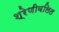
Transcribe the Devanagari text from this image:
श्रेणीवलित